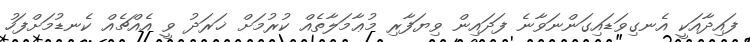
ފައިދާއަކީ އެނގިވަޑައިގަންނަވާނެ ފަދައިން ވިޔަފާރި މުޢާމަލާތެއް ކުރުމަށް ޚަރަދު ވީ އެއްޗެއް ކެނޑުމަށްފަހު